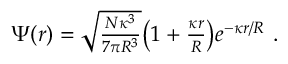
\begin{array} { r } { \Psi ( r ) = \sqrt { \frac { N \kappa ^ { 3 } } { 7 \pi R ^ { 3 } } } { \left( 1 + \frac { \kappa r } { R } \right) } e ^ { - \kappa r / R } ~ . } \end{array}